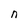
Character: n